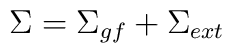
\Sigma = \Sigma_{gf} + \Sigma_{ext}